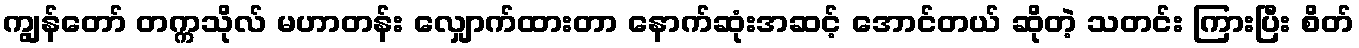
ကျွန်တော် တက္ကသိုလ် မဟာတန်း လျှောက်ထားတာ နောက်ဆုံးအဆင့် အောင်တယ် ဆိုတဲ့ သတင်း ကြားပြီး စိတ်